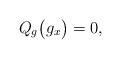
LaTeX: \begin{align*} Q_g\big(g_x \big) = 0,\end{align*}